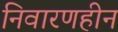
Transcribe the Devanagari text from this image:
निवारणहीन